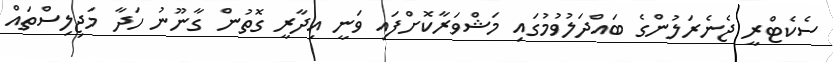
ސެކެޓްރީ ޖެނެރަލުންގެ ބައްދަލުވުމުގައި މަޝްވަރާކޮށްފައި ވަނީ އިދާރީ ގޮތުން ގާނޫނު ހަދާ މަޖިލިސްތައް